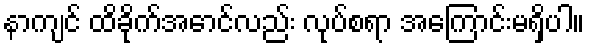
နာကျင် ထိခိုက်အောင်လည်း လုပ်စရာ အကြောင်းမရှိပါ။